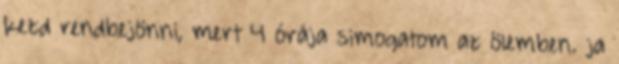
kezd rendbejönni, mert 4 órája simogatom az ölemben. ja